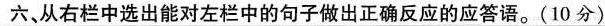
六、从右栏中选出能对左栏中的句子做出正确反应的应答语。(10 分)